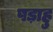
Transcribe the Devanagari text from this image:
षड़ाहु